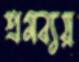
শ্রমব্যয়